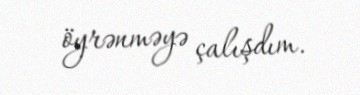
öyrənməyə çalışdım.